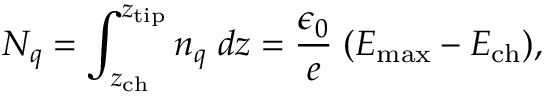
N _ { q } = \int _ { z _ { \mathrm { c h } } } ^ { z _ { \mathrm { t i p } } } n _ { q } \; d z = \frac { \epsilon _ { 0 } } e \; ( E _ { \mathrm { m a x } } - E _ { \mathrm { c h } } ) ,